Report on vaccination in the Province of Bengal - 1869-1873
Year: 1869
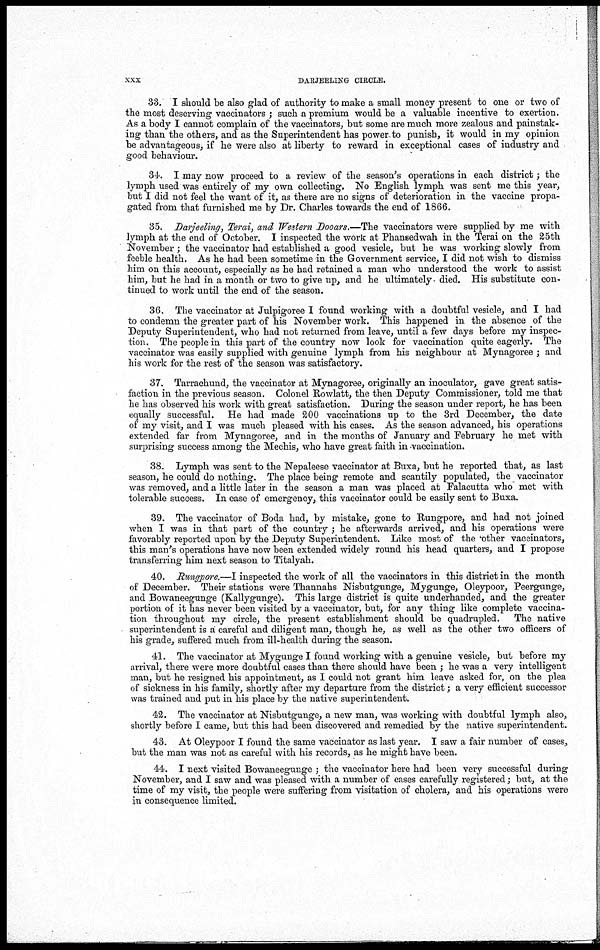
xxx
DARJEELING CIRCLE.
33. I should be also glad of authority to make a small money present to one or two of
the most deserving vaccinators ; such a premium would be a valuable incentive to exertion.
As a body I cannot complain of the vaccinators, but some are much more zealous and painstak-
ing than the others, and as the Superintendent has power-to punish, it would in my opinion
be advantageous, if he were also at liberty to reward in exceptional cases of industry and
good behaviour.
34. I may now proceed to a review of the season's operations in each district; the
lymph used was entirely of my own collecting. No English lymph was sent me this year,
but I did not feel the want of it, as there are no signs of deterioration in the vaccine propa-
gated from that furnished me by Dr. Charles towards the end of 1866.
35. Darjeeling, Terai, and Western Dooars.—The vaccinators were supplied by me with
lymph at the end of October. I inspected the work at Phansedwah in the Terai on the 25th
November; the vaccinator had established a good vesicle, but he was working slowly from
feeble health. As he had been sometime in the Government service, I did not wish to dismiss
him on this account, especially as he had retained a man who understood the work to assist
him, but he had in a month or two to give up, and he ultimately- died. His substitute con-
tinued to work until the end of the season.
36. The vaccinator at Julpigoree I found working with a doubtful vesicle, and I had
to condemn the greater part of his November work. This happened in the absence of the
Deputy Superintendent, who had not returned from leave, until a few days before my inspec-
tion. The people in this part of the country now look for vaccination quite eagerly. The
vaccinator was easily supplied with genuine lymph from his neighbour at Mynagoree ; and
his work for the rest of the season was satisfactory.
37. Tarrachund, the vaccinator at Mynagoree, originally an inoculator, gave great satis-
faction in the previous season. Colonel Rowlatt, the then Deputy Commissioner, told me that
he has observed his work with great satisfaction. During the season under report, he has been
equally successful. He had made 200 vaccinations up to the 3rd December, the date
of my visit, and I was much pleased with his cases. As the season advanced, his operations
extended far from Mynagoree, and in the months of January and February he met with
surprising success among the Mechis, who have great faith in vaccination.
38. Lymph was sent to the Nepaleese vaccinator at Buxa, but he reported that, as last
season, he could do nothing. The place being remote and scantily populated, the vaccinator
was removed, and a little later in the season a man was placed at Falacutta who met with
tolerable success. In case of emergency, this vaccinator could be easily sent to Buxa.
39. The vaccinator of Boda had, by mistake, gone to Rungpore, and had not joined
when I was in that part of the country ; he afterwards arrived, and his operations were
favorably reported upon by the Deputy Superintendent. Like most of the 'other vaccinators,
this man's operations have now been extended widely round his head quarters, and I propose
transferring him next season to Titalyah.
40. Rungpore.—I inspected the work of all the vaccinators in this district in the month
of December. Their stations were Thannahs Nisbutgunge, Mygunge, Oleypoor, Peergunge,
and Bowaneegunge (Kallygunge). This large district is quite underhanded, and the greater
portion of it has never been visited by a vaccinator, but, for any thing like complete vaccina-
tion throughout my circle, the present establishment should be quadrupled. The native
superintendent is a careful and diligent man, though he, as well as the other two officers of
his grade, suffered much from ill-health during the season.
41. The vaccinator at Mygunge I found working with a genuine vesicle, but before my
arrival, there were more doubtful cases than there should have been ; he was a very intelligent
man, but he resigned his appointment, as I could not grant him leave asked for, on the plea
of sickness in his family, shortly after my departure from the district; a very efficient successor
was trained and put in his place by the native superintendent.
42. The vaccinator at Nisbutgunge, a new man, was working with doubtful lymph also,
shortly before I came, but this had been discovered and remedied by the native superintendent.
43. At Oleypoor I found the same vaccinator as last year. I saw a fair number of cases,
but the man was not as careful with his records, as he might have been.
44. I next visited Bowaneegunge ; the vaccinator here had been very successful during
November, and I saw and was pleased with a number of cases carefully registered; but, at the
time of my visit, the people were suffering from visitation of cholera, and his operations were
in consequence limited.